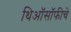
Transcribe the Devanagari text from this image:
थिऑसॉफीचे